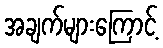
အချက်များကြောင့်